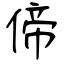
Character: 偙